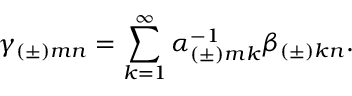
\gamma _ { ( \pm ) m n } = \sum _ { k = 1 } ^ { \infty } \alpha _ { ( \pm ) m k } ^ { - 1 } \beta _ { ( \pm ) k n } .